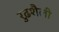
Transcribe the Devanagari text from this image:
रुढ़शैली